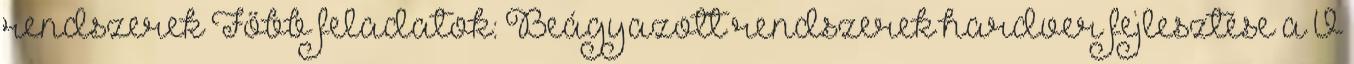
rendszerek Főbb feladatok: Beágyazott rendszerek hardver fejlesztése a V